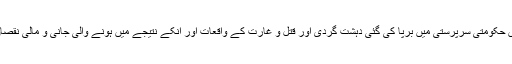
جبکہ محض2008-13کے دوران صرف کراچی شہر میں حکومتی سرپرستی میں برپا کی گئی دہشت گردی اور قتل و غارت کے واقعات اور انکے نتیجے میں ہونے والی جانی و مالی نقصان کا کسی بھی بد ترین دہشت گردی سے کیا جا سکتا ہے؟